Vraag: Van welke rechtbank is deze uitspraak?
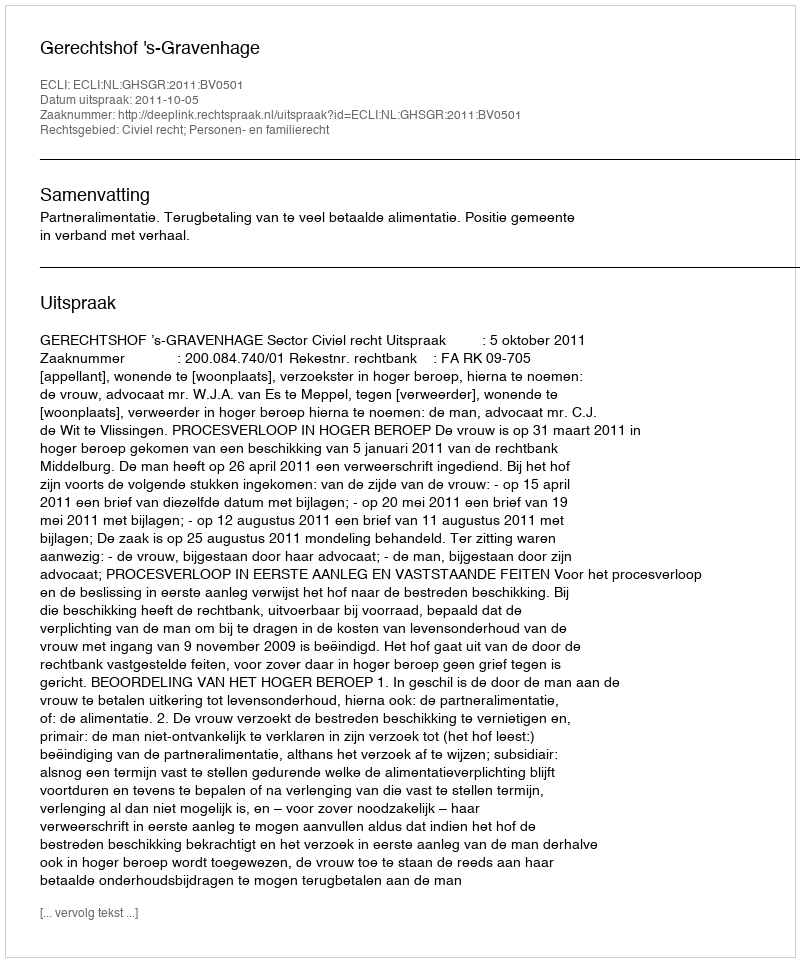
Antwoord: Gerechtshof 's-Gravenhage